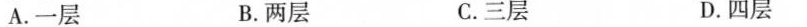
A.一层 B.两层 C.三层 D.四层